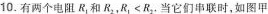
10.有两个电阻R_{1}和R_{2}，R_{1}<R_{2},当它们串联时，如图甲